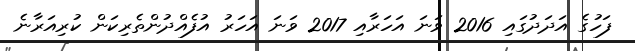
ފަހުގެ އަދަދުގައި 2016 ވަނަ އަހަރާއި 2017 ވަނަ އަހަރު އުފެއްދުންތެރިކަން ކުރިއަރާނެ